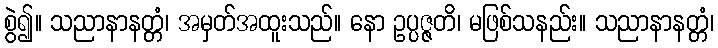
စွဲ၍။ သညာနာနတ္တံ၊ အမှတ်အထူးသည်။ နော ဥပ္ပဇ္ဇတိ၊ မဖြစ်သနည်း။ သညာနာနတ္တံ၊